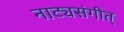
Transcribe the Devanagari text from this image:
नाट्यसंगीत्